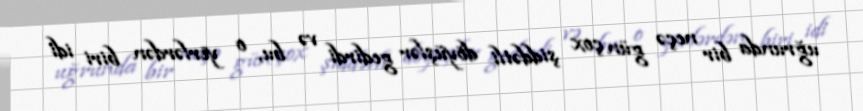
uğrunda bir neçə gün çox şiddətli döyüşlər gedirdi və bu, o yerlərdən biri idi